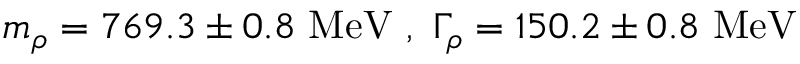
m _ { \rho } = 7 6 9 . 3 \pm 0 . 8 \ \mathrm { M e V } \ , \ \Gamma _ { \rho } = 1 5 0 . 2 \pm 0 . 8 \ \mathrm { M e V }